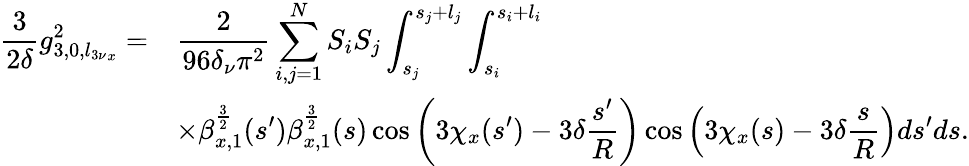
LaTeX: \begin{array}{cl}{\displaystyle\frac{3}{2\delta}g_{3,0,{l_{3\nu}}_{x}}^{2}=}&{\displaystyle\frac{2}{96\delta_{\nu}\pi^{2}}\sum_{i,j=1}^{N}{S_{i}S_{j}\int_{s_{j}}^{s_{j}+l_{j}}\int_{s_{i}}^{s_{i}+l_{i}}}}\\ &{\displaystyle\times{{\beta_{x,1}^{\frac{3}{2}}(s^{\prime})\beta_{x,1}^{\frac{3}{2}}(s)\cos{\left(3\chi_{x}(s^{\prime})-3\delta\frac{s^{\prime}}{R}\right)}\cos{\left(3\chi_{x}(s)-3\delta\frac{s}{R}\right)}ds^{\prime}ds}}.}\end{array}